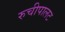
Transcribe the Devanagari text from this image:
रुचीपालट